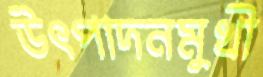
উৎপাদনমুখী